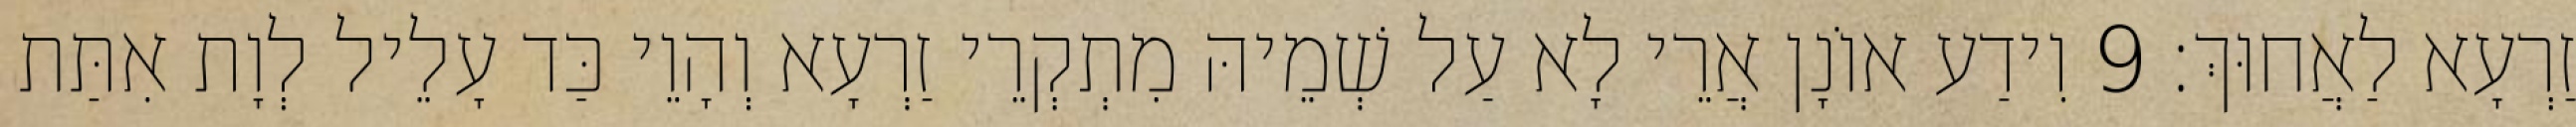
זַרְעָא לַאֲחוּךְ׃ 9 וִידַע אוֹנָן אֲרֵי לָא עַל שְׁמֵיהּ מִתְקְרֵי זַרְעָא וְהָוֵי כַּד עָלֵיל לְוָת אִתַּת